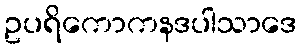
ဥပရိကောကနဒပါသာဒေ